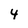
Character: 4